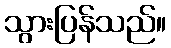
သွားပြန်သည်။